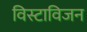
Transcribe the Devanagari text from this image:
विस्टाविजन